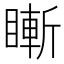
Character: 䁪